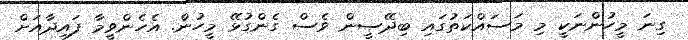
ގިނަ މީހުންނަކީ މި މަސައްކަތުގައި ބިދޭސީން ވެސް ގެންގުޅޭ މީހުން. އެހެންވީމާ ފައިދާއަށް